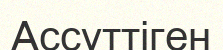
Ассүттіген